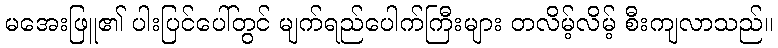
မအေးဖြူ၏ ပါးပြင်ပေါ်တွင် မျက်ရည်ပေါက်ကြီးများ တလိမ့်လိမ့် စီးကျလာသည်။